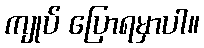
ကျုပ် ပြောရမှာပါ။